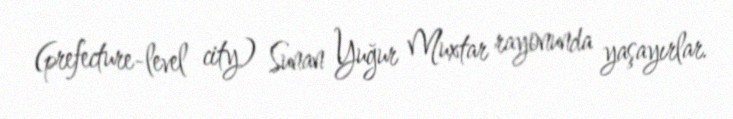
(prefecture-level city) Sunan Yuğur Muxtar rayonunda yaşayırlar.